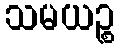
သမယဉ္စ